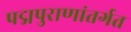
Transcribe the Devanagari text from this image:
पद्मपुराणांतर्गत